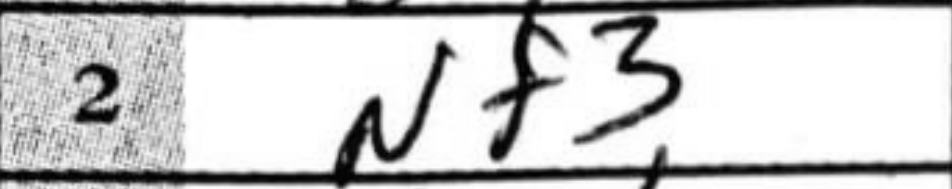
Transcription: Nf3